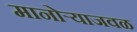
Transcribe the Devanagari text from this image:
मानोऱ्याजवळ